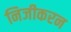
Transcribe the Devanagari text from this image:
निजीकरन